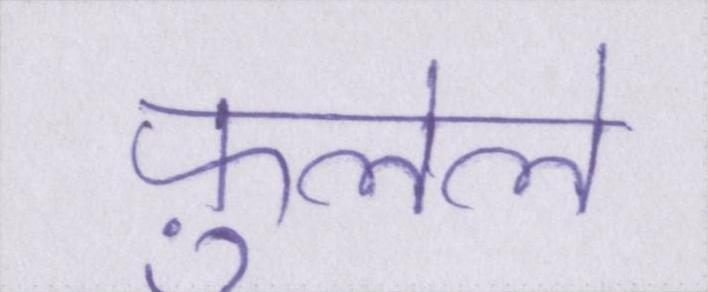
फ़ुलेले